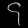
Digit: ၄